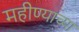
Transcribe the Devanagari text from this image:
महीण्याच्या